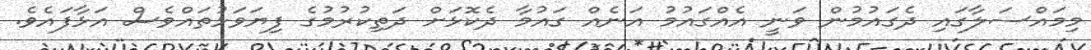
މިމައްސަލާގައި ދެގައުމުން ވަނީ އެއްގައުމު އަނެއް ގައުމާ ދެކޮޅަށް ދަތިކުރުމުގެ ފިޔަވަޅުތައްވެސް އަޅާފައެވެ.